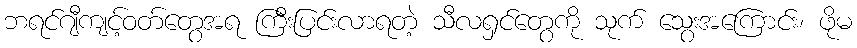
ဘရင်ဂျီကျင့်ဝတ်တွေအရ ကြီးပြင်းလာရတဲ့ သီလရှင်တွေကို သုက် သွေးအကြောင်း၊ ဖိုမ